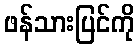
ဖန်သားပြင်ကို